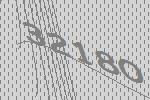
32180